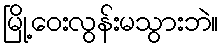
မြို့ဝေးလွန်းမသွားဘဲ။